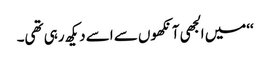
‘‘میں الجھی آنکھوں سے اسے دیکھ رہی تھی۔